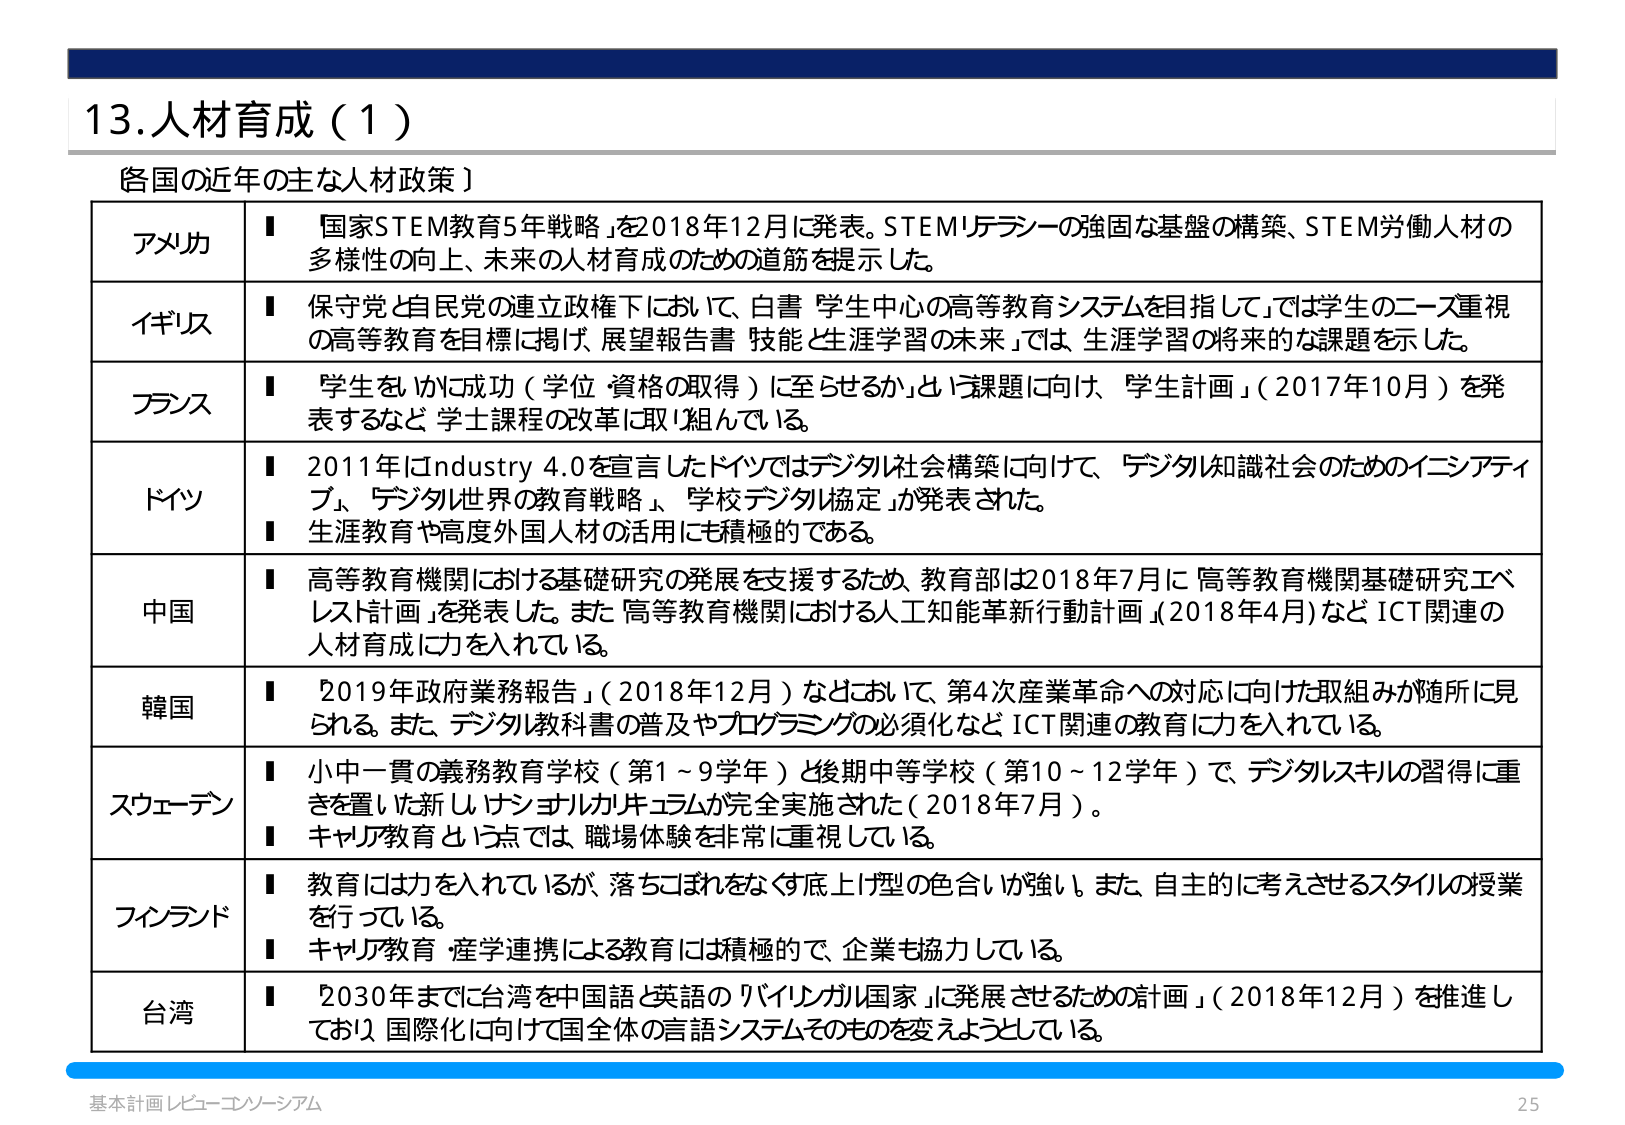
13.人材育成（1）

各国の近年の主な人材政策】

アメリカ
■「国家STEM教育5年戦略」を2018年12月に発表。STEMリテラシーの強固な基盤の構築、STEM労働人材の多様性の向上、未来の人材育成のための道筋を提示した。

イギリス
■保守党と自民党の連立政権下において、白書「学生中心の高等教育システムを目指して」では学生のニーズ重視の高等教育を目標に掲げ、展望報告書「技能と生涯学習の未来」では、生涯学習の将来的な課題を示した。

フランス
■「学生をいかに成功（学位・資格の取得）に至らせるか」という課題に向け、「学生計画」（2017年10月）を発表するなど、学士課程の改革に取り組んでいる。

ドイツ
■2011年にはIndustry 4.0を宣言したドイツではデジタル社会構築に向けて、「デジタル知識社会のためのイニシアティブ」、「デジタル世界の教育戦略」、「学校デジタル協定」が発表された。
■生涯教育や高度外国人材の活用にも積極的である。

中国
■高等教育機関における基礎研究の発展を支援するため、教育部は2018年7月に「高等教育機関基礎研究エベレスト計画」を発表した。また「高等教育機関における人工知能革新行動計画」（2018年4月）などICT関連の人材育成に力を入れている。

韓国
■「2019年政府業務報告」（2018年12月）などにおいて、第4次産業革命への対応に向けた取組みが随所に見られる。また、デジタル教科書の普及やプログラミングの必須化などICT関連の教育に力を入れている。

スウェーデン
■小中一貫の義務教育学校（第1～9学年）と後期中等学校（第10～12学年）で、デジタルスキルの習得に重きを置いた新しい「ナショナルカリキュラム」が完全実施された（2018年7月）。
■キャリア教育という点では、職場体験を非常に重視している。

フィンランド
■教育には力を入れているが、落ちこぼれをなくす底上げ型の色合いが強い。また、自主的に考えさせるスタイルの授業を行っている。
■キャリア教育・産学連携による教育には積極的で、企業も協力している。

台湾
■「2030年までに台湾を中国語と英語のバイリンガル国家に発展させるための計画」（2018年12月）を推進しており、国際化に向けて国全体の言語システムそのものを変えようとしている。

基本計画レビュー・コンソーシアム
25